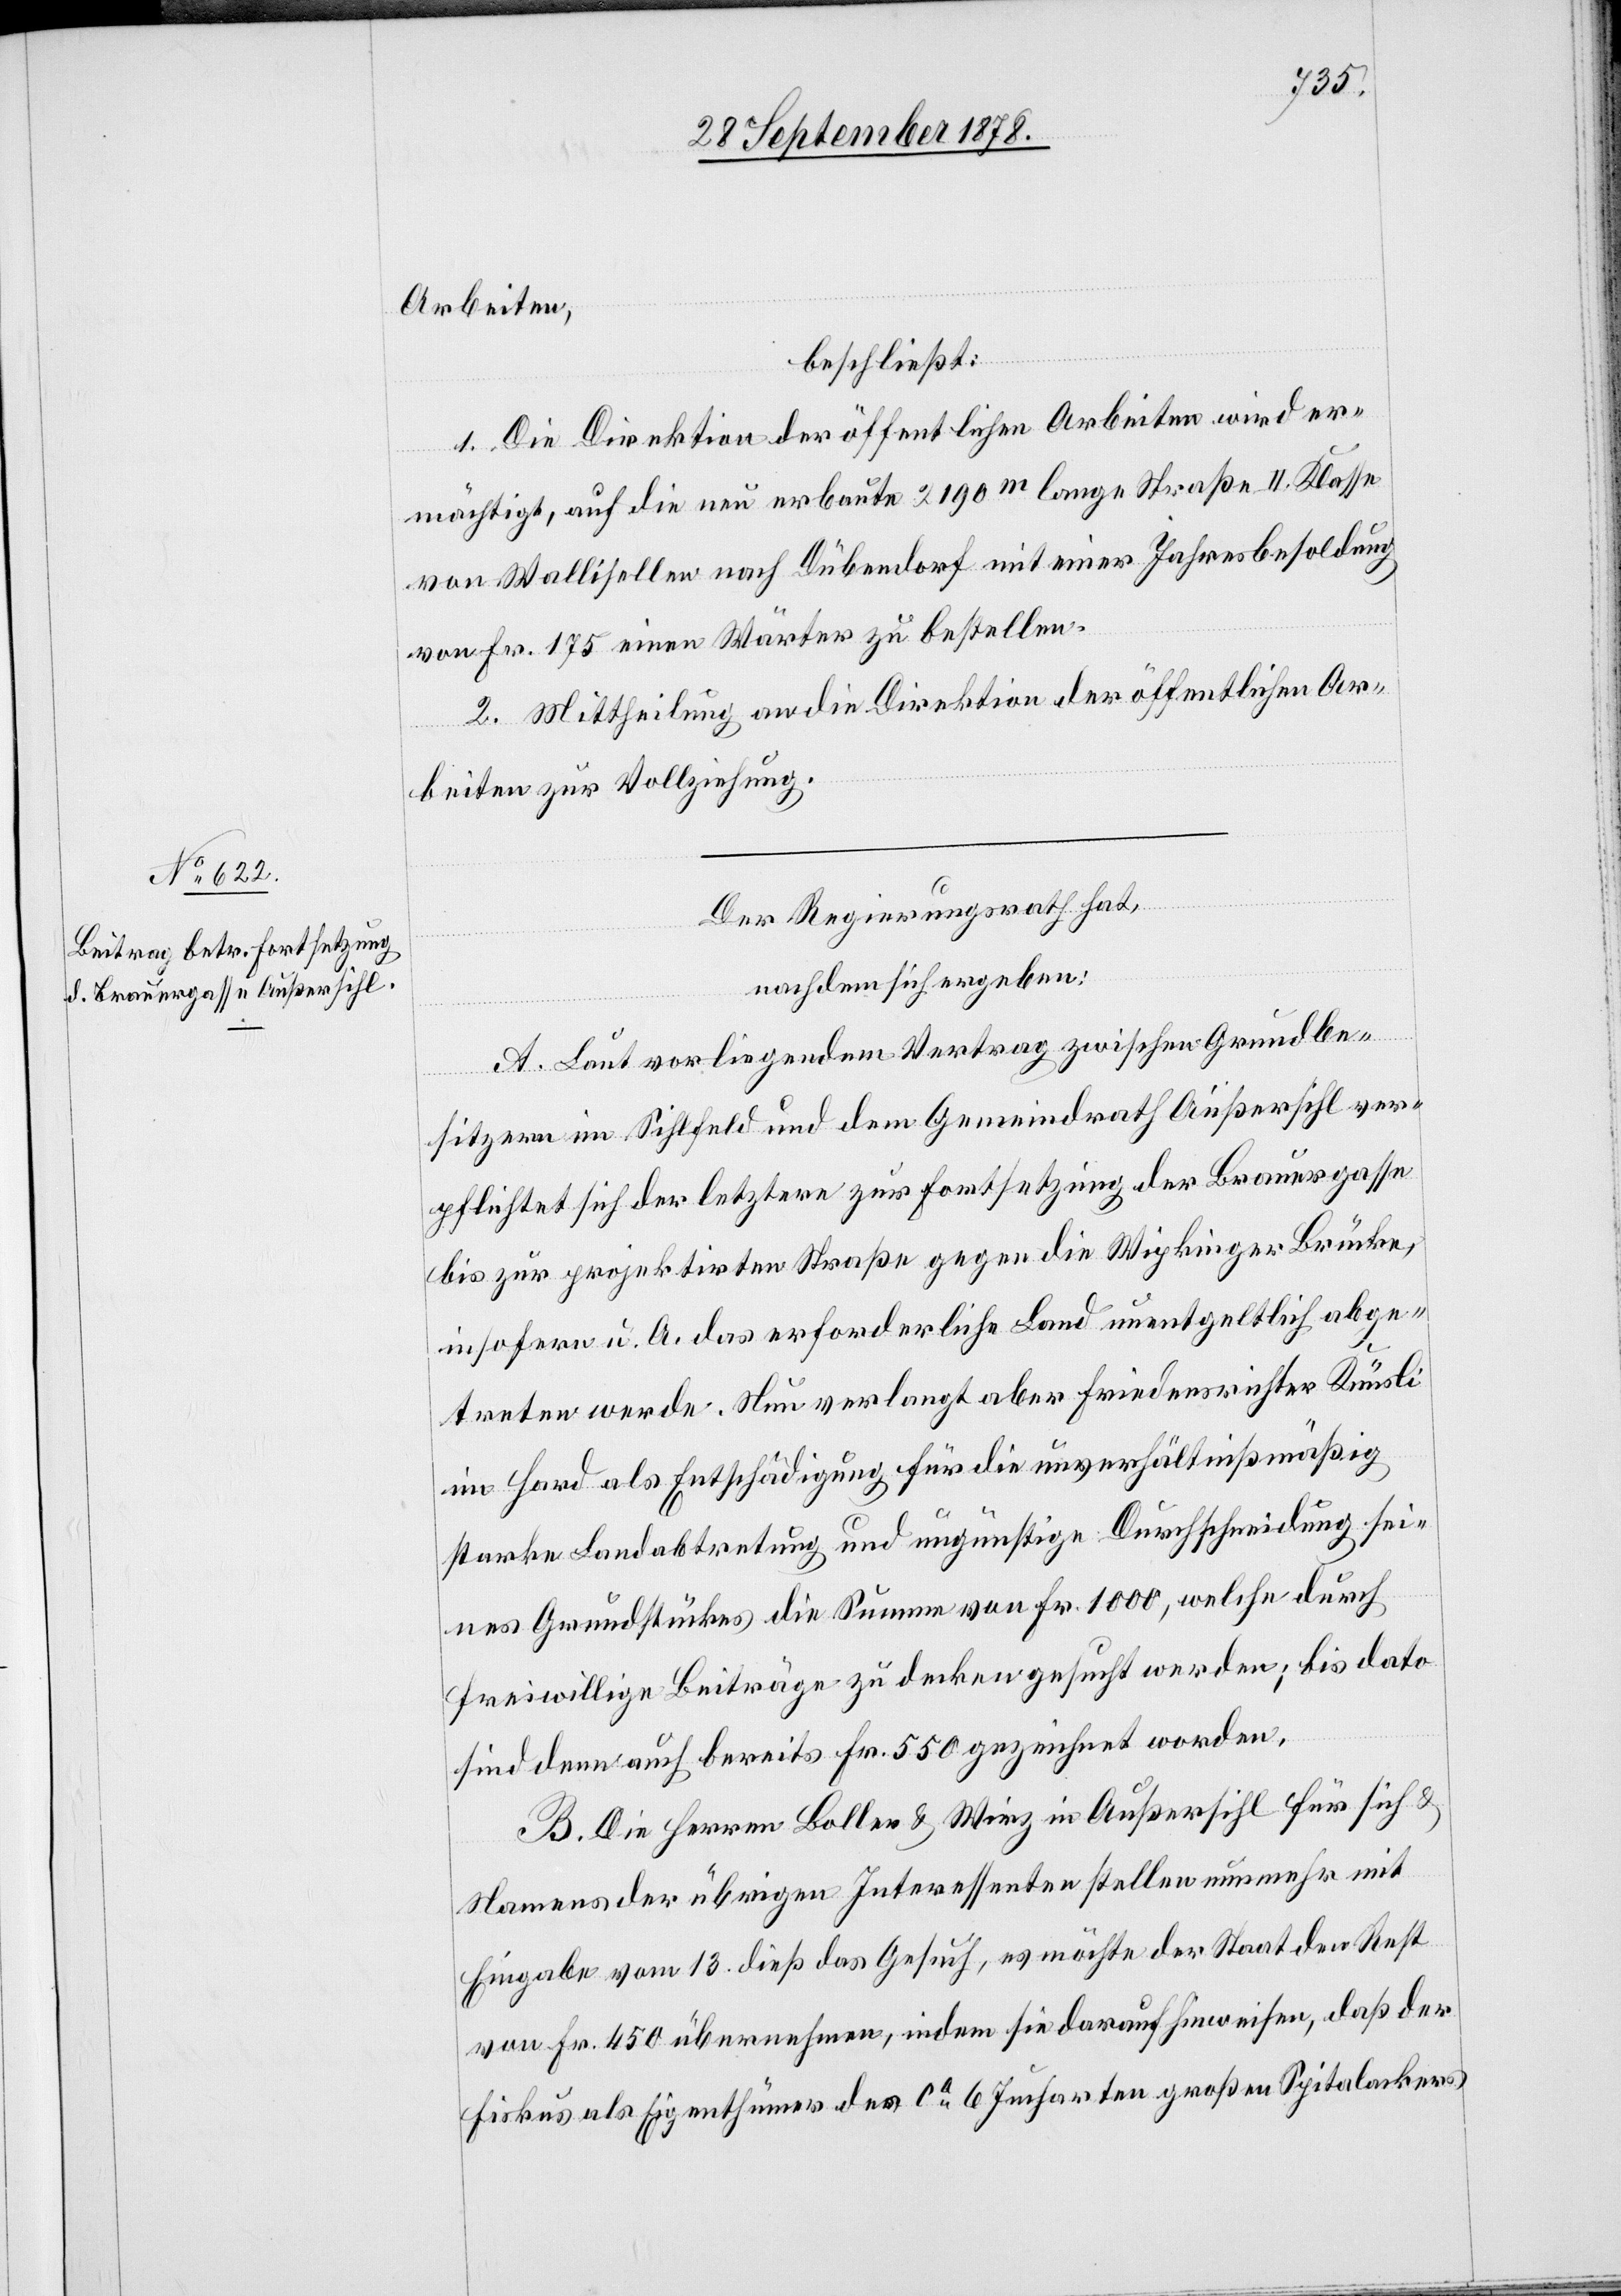
Arbeiten,
beschließt:
1. Die Direktion der öffentlichen Arbeiten wird er¬
mächtigt, auf die erbaute 2190m lange Straße II. Klasse
von Wallisellen nach Dübendorf mit einer Jahresbesoldung
von Fr. 175 einen Wärter zu bestellen.
2. Mittheilung an die Direktion der öffentlichen Ar¬
beiten zur Vollziehung.
Der Regierungsrath hat,
nachdem sich ergeben:
A. Laut vorliegendem Vertrag zwischen Grundbe¬
sitzern im Sihlfeld und dem Gemeindrath Außersihl ver¬
pflichtet sich der letztere zur Fortsetzung der Brauergasse
bis zur projektirten Straße gegen die Wipkinger Brücke,
insofern u. A. das erforderliche Land unentgeltlich abge¬
treten werde. Nun verlangt aber Friedensrichter Knüsli
im Hard als Entschädigung für die unverhältnißmäßig
starke Landabtretung und ungünstige Durchschneidung sei¬
nes Grundstückes die Summe von Fr. 1000, welche durch
freiwillige Beiträge zu decken gesucht werde; bis dato
sind demnach bereits Fr. 550 gezeichnet worden.
B. Die Herren Boller & Wirz in Außersihl für sich &
Namens der übrigen Interessenten stellen nunmehr mit
Eingabe vom 13. dieß das Gesuch, es möchte der Staat der Rest
von Fr. 450 übernehmen, indem sie darauf hinweisen, daß der
Fiskus als Eigenthümer des ca 6 Jucharten großen Spitalackers